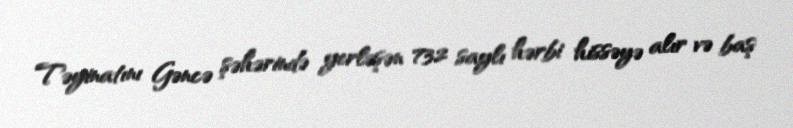
Təyinatını Gəncə şəhərində yerləşən 732 saylı hərbi hissəyə alır və baş